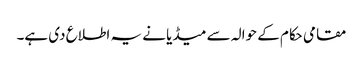
مقامی حکام کے حوالہ سے میڈیا نے یہ اطلاع دی ہے۔